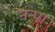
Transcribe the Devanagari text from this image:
नन्पा